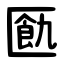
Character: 㔲